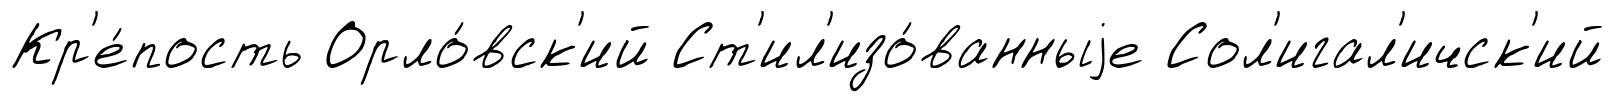
Кр'е́пость Орло́вск'ий Ст'ил'изо́ванныjе Сол'игал'ичск'ий